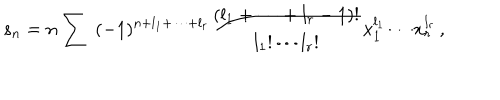
s _ { n } = n \sum \ ( - 1 ) ^ { n + l _ { 1 } + \cdots + l _ { r } } \frac { ( l _ { 1 } + \cdots + l _ { r } - 1 ) ! } { l _ { 1 } ! \cdots l _ { r } ! } x _ { 1 } ^ { l _ { 1 } } \cdots x _ { r } ^ { l _ { r } } \, ,